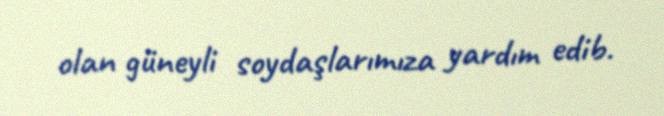
olan güneyli soydaşlarımıza yardım edib.